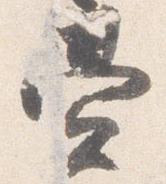
費